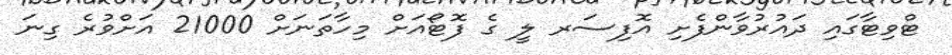
ޓްވިޓާގައި ދައުރުވާންފެށި އޮފިސަރ ލީ ގެ ފޮޓޯއަށް މިހާތަނަށް 21000 އަށްވުރެ ގިނަ